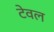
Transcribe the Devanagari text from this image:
टेवल